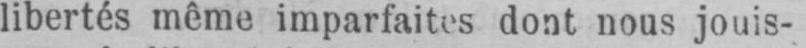
libertés même imparfaites dont nous jouis-